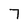
Character: 7